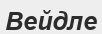
Вейдле